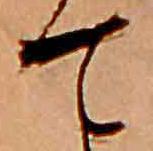
て